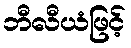
ဘီလီယံဖြင့်